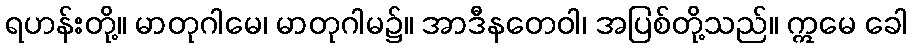
ရဟန်းတို့။ မာတုဂါမေ၊ မာတုဂါမ၌။ အာဒီနတေဝါ၊ အပြစ်တို့သည်။ ဣမေ ခေါ